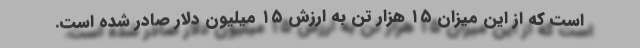
است که از این میزان ۱۵ هزار تن به ارزش ۱۵ میلیون دلار صادر شده است.